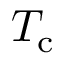
T _ { \mathrm { c } }